Problem: 4 + 47 = ?
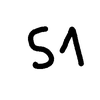
Handwritten answer: 51